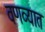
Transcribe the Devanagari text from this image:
वणव्यात